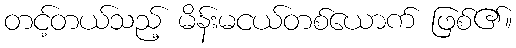
တင့်တယ်သည့် မိန်းမငယ်တစ်ယောက် ဖြစ်၏။